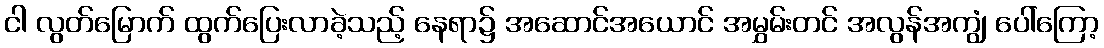
ငါ လွတ်မြောက် ထွက်ပြေးလာခဲ့သည့် နေရာ၌ အဆောင်အယောင် အမွှမ်းတင် အလွန်အကျွံ ပေါ်ကြော့